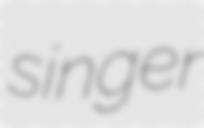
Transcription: singer